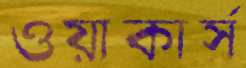
ওয়াকার্স